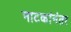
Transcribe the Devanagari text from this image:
नाटकांनंतर